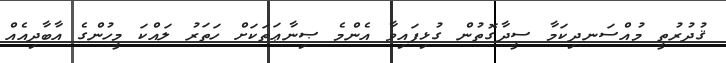
ޤުދުރުތީ މުއްސަނދިކަމާ ސީދާގޮތުން ގުޅިފައިވާ އެންމެ ޞިނާޢަތަކަށް ހަތަރު ލައްކަ މީހުންގެ އާބާދިއެއް